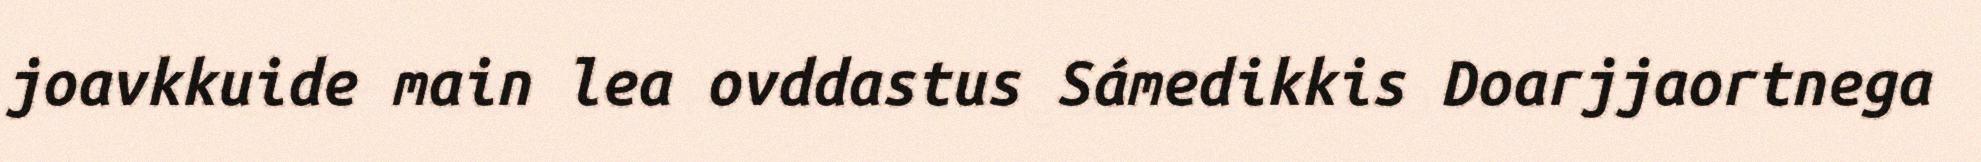
joavkkuide main lea ovddastus Sámedikkis Doarjjaortnega